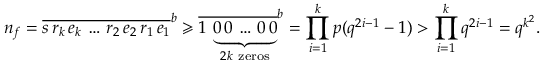
n _ { f } = \overline { { s \, r _ { k } \, e _ { k } \, \ldots \, r _ { 2 } \, e _ { 2 } \, r _ { 1 } \, e _ { 1 } } } ^ { \boldsymbol { b } } \geqslant \overline { { 1 \, \underbrace { 0 \, 0 \, \ldots \, 0 \, 0 } _ { 2 k \mathrm { ~ z e r o s } } } } ^ { \boldsymbol { b } } = \prod _ { i = 1 } ^ { k } p ( q ^ { 2 i - 1 } - 1 ) > \prod _ { i = 1 } ^ { k } q ^ { 2 i - 1 } = q ^ { k ^ { 2 } } .